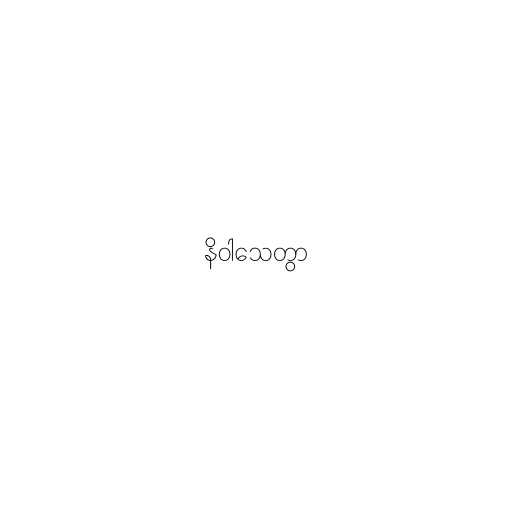
နိဝါသေတွာ